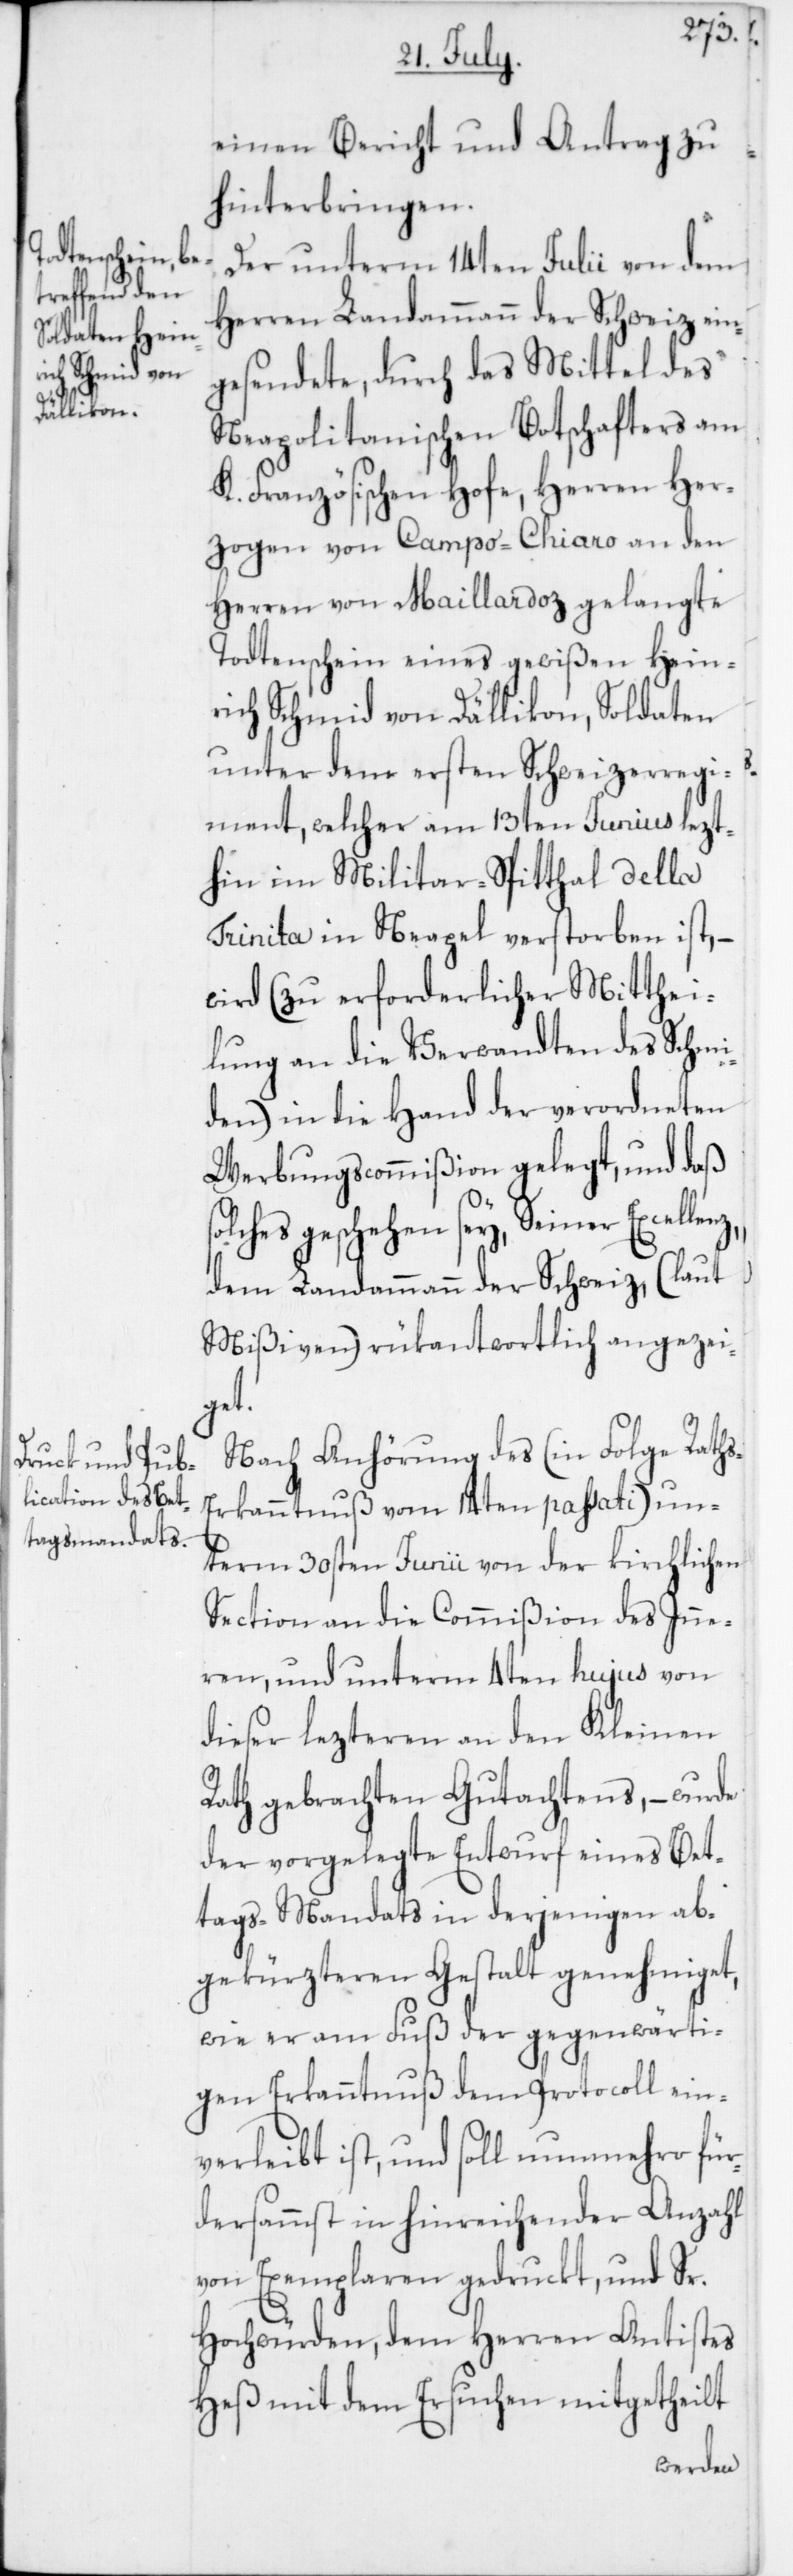
s-E¬

einen Bericht und Antrag zu
hinterbringen.
Der unterm 14ten Julii von dem
Herren Landammann der Schweiz ein¬
gesendete, durch das Mittel des
Neapolitanischen Botschafters am
K. Französischen Hofe, Herren Her¬
zogen von Campo-Chiaro an den
Herren von Maillardoz gelangte
Todtenschein eines gewißen Hein¬
rich Schmid von Dällikon, Soldaten
unter dem ersten Schweizerregi¬
ment, welcher am 13ten Junius lezt¬
hin im Militar-Spitthal della
Trinita in Neapel verstorben ist, –
wird (zu erforderlichen Mitthei¬
lung an die Verwandten des Schmi¬
den) in die Hand der verordneten
Werbungscommißion gelegt, und daß
lches geschehen sey, Seiner
dem Landammann der Schweiz (laut
Mißiven) rükantwortlich angezei¬
get.
Nach Anhörung des (in Folge Rath¬
rkanntnuß vom 14ten passati) un¬
term 30sten Junii von der kirchlichen
Section an die Commißion des Inne¬
ren, und unterm 4ten hujus von
dieser lezteren an den Kleinen
Rath gebrachten Gutachtens, – wurde
der vorgelegte Entwurf eines Bet¬
tags-Mandats in derjenigen ab¬
gekürzteren Gestalt genehmiget,
wie er am Fuß der gegenwärti¬
gen Erkanntnuß dem Protocoll ein¬
verleibt ist, und soll nunmehro für¬
dersammst in hinreichender Anzahl
von Exemplaren gedruckt und Sr.
Hochwürden, dem Herren Antistes
Heß mit dem Ersuchen mitgetheilt